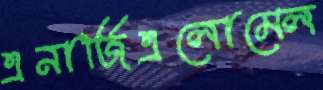
এনার্জিএলোমেল